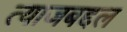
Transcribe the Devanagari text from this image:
त्याजबद्दल